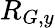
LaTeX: R_{G,y}